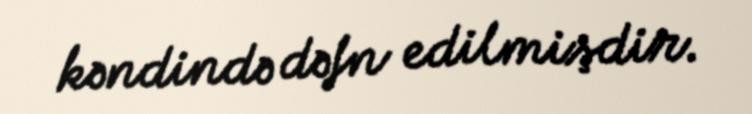
kəndində dəfn edilmişdir.